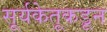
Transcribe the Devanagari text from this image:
सूर्यकेतूकडून